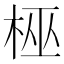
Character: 𬂳